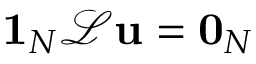
\mathbf { 1 } _ { N } \mathcal { L } \mathbf { u } = \mathbf { 0 } _ { N }